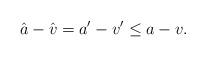
LaTeX: \begin{align*}\hat{a}-\hat{v}=a'-v'\leq a-v.\end{align*}